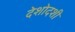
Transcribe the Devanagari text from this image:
देशोदशी